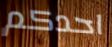
احدكم